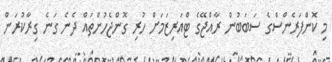
މި ކޮންފަރެންސްގެ ސަބަބުން ރާއްޖޭގެ ޓްއަރިޒަމަށް ހުރި ގޮންޖެހުންތައް ދެނެ ގަނެ ގިރާކުރަން